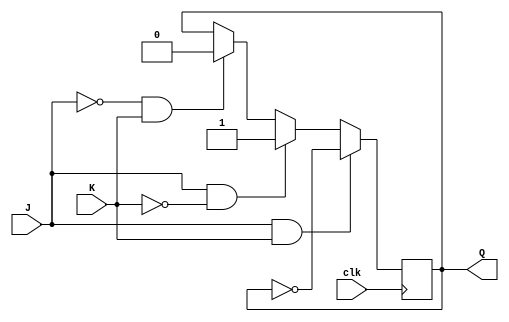
module jk_flip_flop (
    input J, // set input
    input K, // reset input
    input clk, // clock input
    output reg Q // output
);

always @(posedge clk) begin
    if (J & K) begin
        Q <= ~Q; // toggle
    end else if (J & ~K) begin
        Q <= 1; // set to 1
    end else if (~J & K) begin
        Q <= 0; // reset to 0
    end else begin
        Q <= Q; // hold current state
    end
end

endmodule